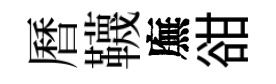
曆韈廡𧮳